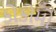
કોકોમો